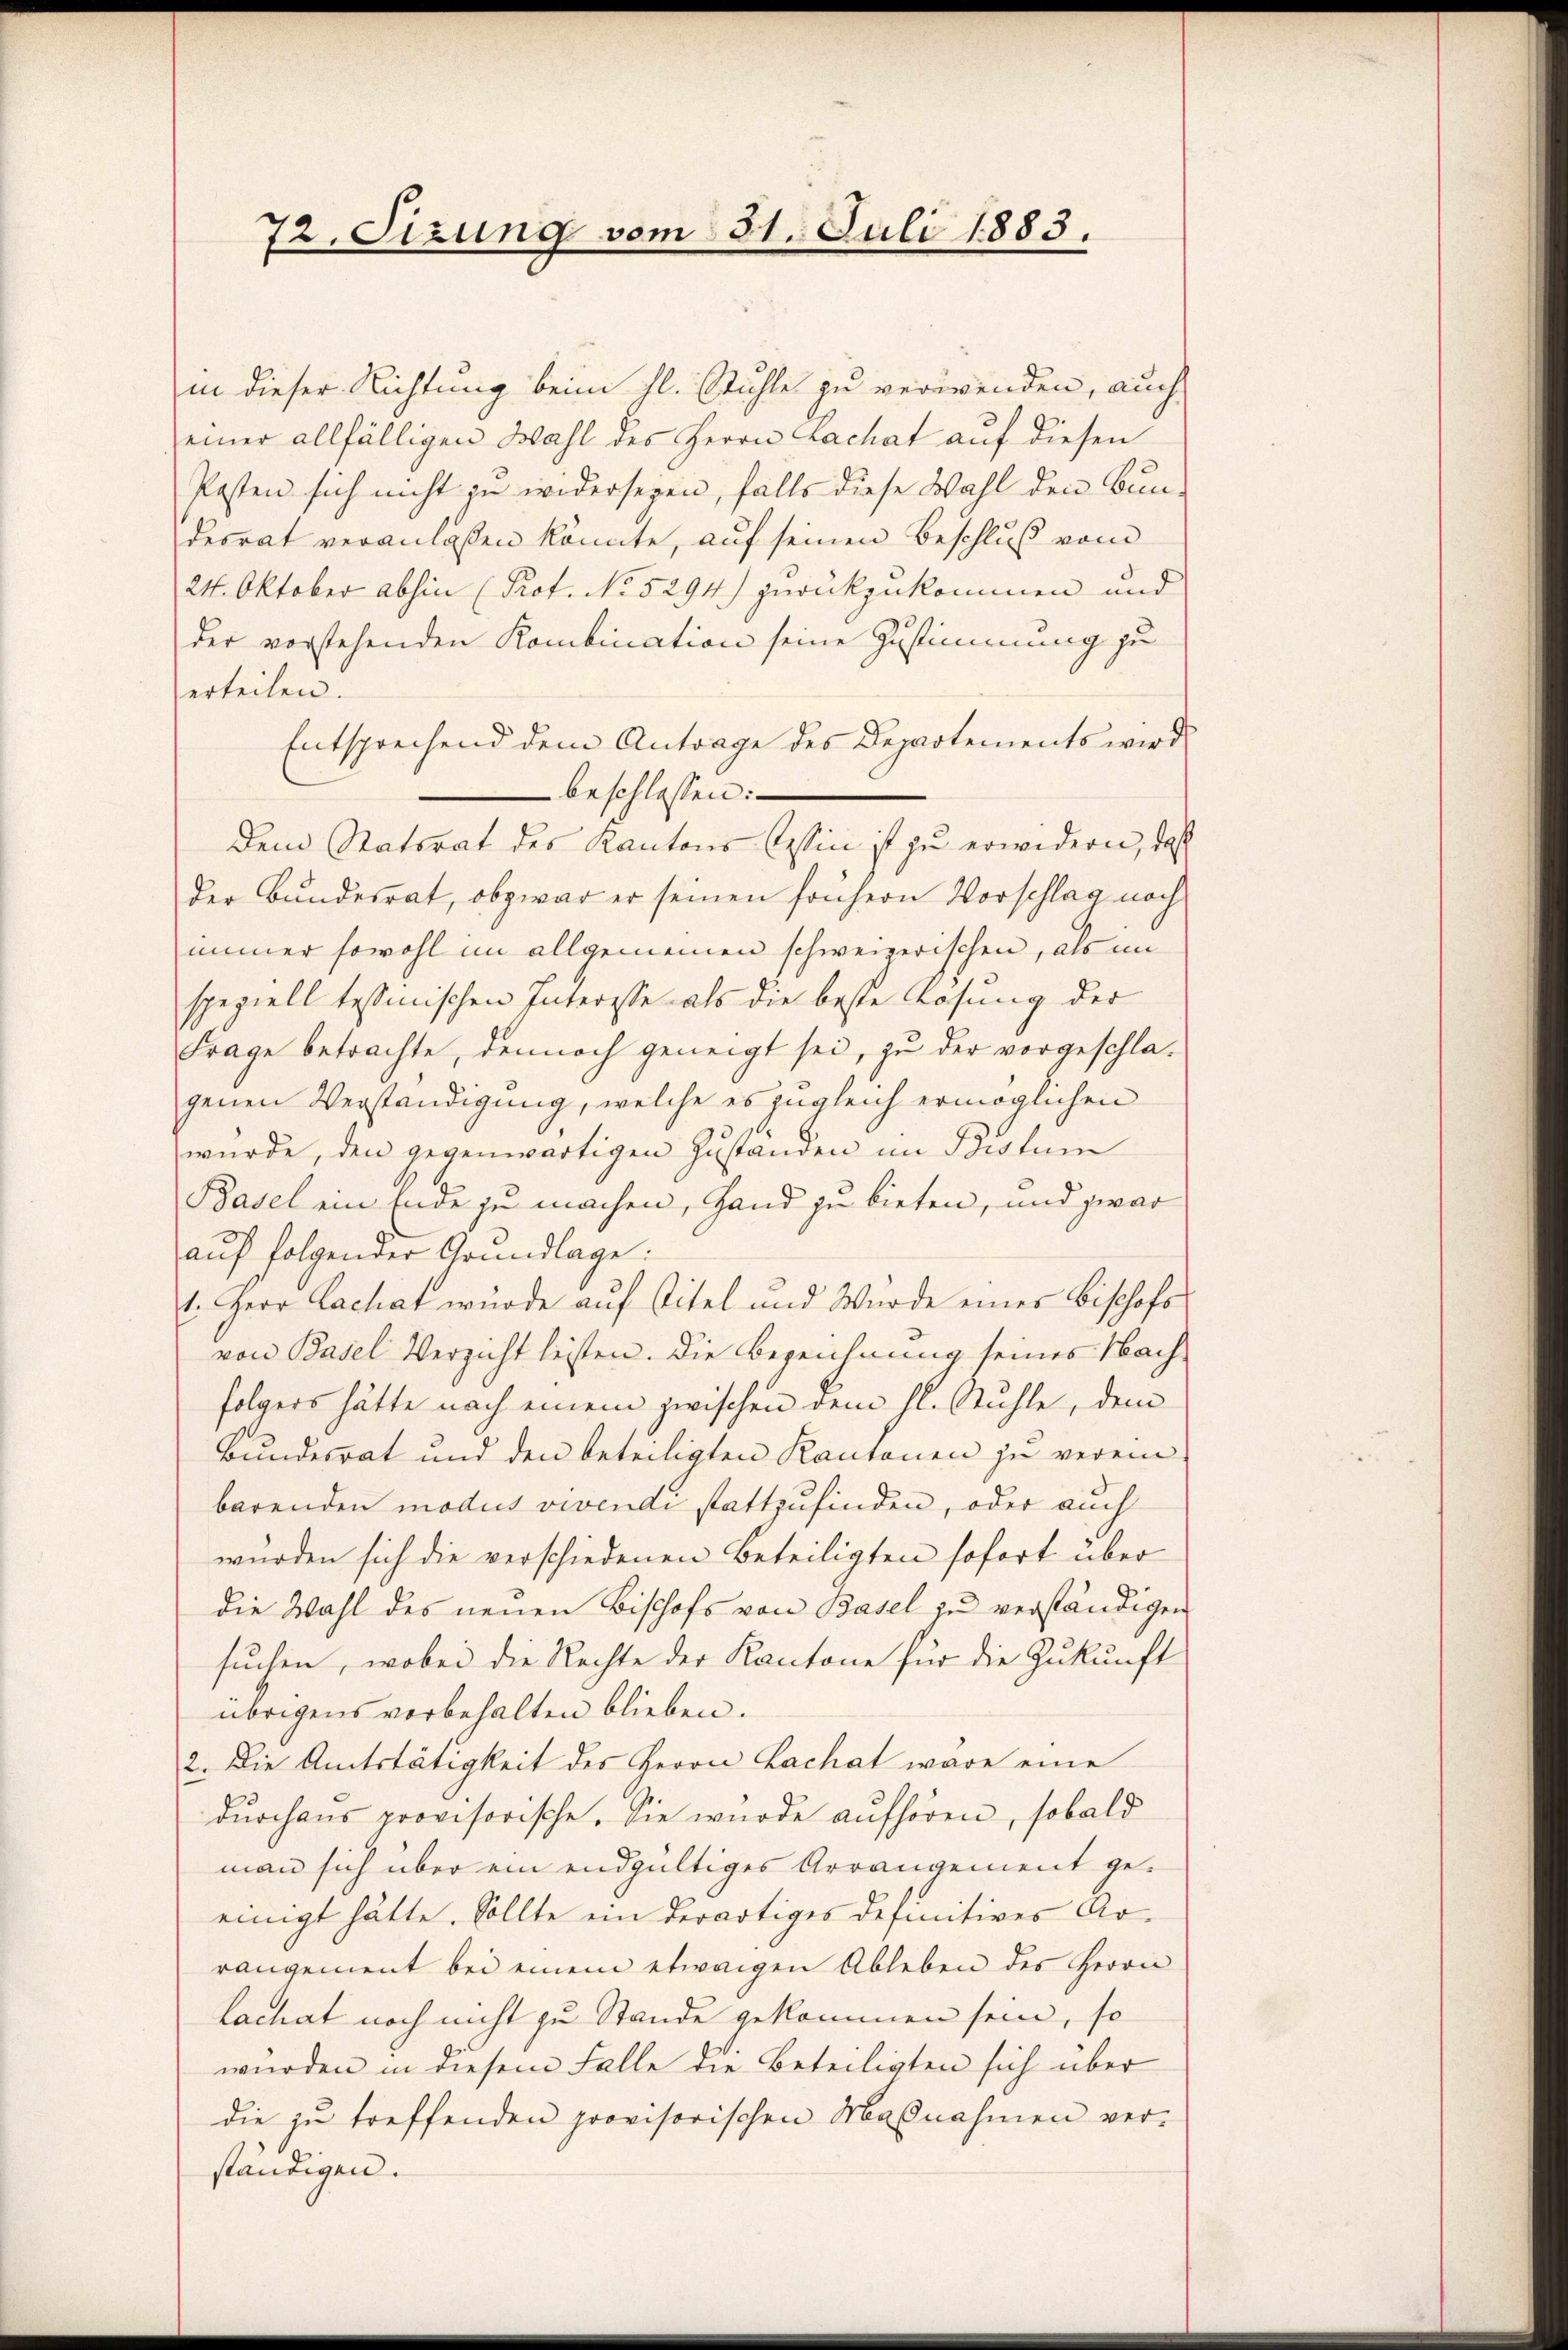
72. Sizung vom 31. Juli 1883.

in dieser Richtung beim hl. Stühle zu verwenden, auch
einer allfälligen Wahl des Herrn Lachat auf diesen
Posten sich nicht zu widerseyen, falls diese Wahl den Bundesrat veranlaßen könnte, auf seinen Beschluß vom
24. Oktober abhin (Prof. No 5294) zurückzukommen und
der vorstehenden Kombination seine Zustimmung zu
erteilen.
Entsprechend dem Antrage des Departements wird
 beschlossen:
Dem Statsrat des Kantons Cessin ist zu erwidern, daß
der Bundesrat, obzwar er seinen frühern Vorschlag noch
immer sowohl im allgemeinen schweizerischen, als im
speziell tessinischen Interesse als die beste Losung der
Frage betrachte, dennoch geneigt sei, zu der vorgeschlagenen Verständigung, welche es zugleich ermöglichen
wurde, den gegenwärtigen Zustanden im Bistum
Basel ein Ende zu machen, Hand zu bieten, und zwar
auf folgender Grundlage:
1. Herr Lachat wurde auf Titel und Wurde eines Bischofs
von Basel Verzicht leisten. Die Bezeichnung seines Nach-
folgers hätte nach einem zwischen dem hl. Stühle, dem
Bundesrat und den beteiligten Kantonen zu verein-
barenden modus vivendi stattzufinden, oder auch
würden sich die verschiedenen Beteiligten sofort über
die Wahl des neuen Bischofs von Basel zu verständigen
suchen, wobei die Rechte der Kantone für die Zukunft
übrigens vorbehalten blieben.
2. Die Amtstätigkeit des Herrn Zachat wäre eine
durchaus provisorische. Sie wurde aufhören, sobald
man sich über ein endgültiges Arrangement geeinigt hätte. Sollte ein derartiges definitives Arrangement bei einem etwaigen Ableben des Herrn
Lachat noch nicht zu Stande gekommen sein, so
wurden in diesem Falle die Beteiligten sich über
die zu treffenden provisorischen Maßnahmen verständigen.